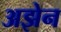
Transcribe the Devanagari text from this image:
अझेन